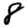
Digit: 8